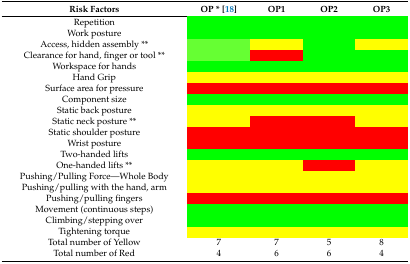
<table><thead><tr><td><b>Risk Factors</b></td><td><b>OP * [18]</b></td><td><b>OP1</b></td><td><b>OP2</b></td><td><b>OP3</b></td></tr></thead><tbody><tr><td>Repetition</td><td></td><td></td><td></td><td></td></tr><tr><td>Work posture</td><td></td><td></td><td></td><td></td></tr><tr><td>Access, hidden assembly **</td><td></td><td></td><td></td><td></td></tr><tr><td>Clearance for hand, finger or tool **</td><td></td><td></td><td></td><td></td></tr><tr><td>Workspace for hands</td><td></td><td></td><td></td><td></td></tr><tr><td>Hand Grip</td><td></td><td></td><td></td><td></td></tr><tr><td>Surface area for pressure</td><td></td><td></td><td></td><td></td></tr><tr><td>Component size</td><td></td><td></td><td></td><td></td></tr><tr><td>Static back posture</td><td></td><td></td><td></td><td></td></tr><tr><td>Static neck posture **</td><td></td><td></td><td></td><td></td></tr><tr><td>Static shoulder posture</td><td></td><td></td><td></td><td></td></tr><tr><td>Wrist posture</td><td></td><td></td><td></td><td></td></tr><tr><td>Two-handed lifts</td><td></td><td></td><td></td><td></td></tr><tr><td>One-handed lifts **</td><td></td><td></td><td></td><td></td></tr><tr><td>Pushing/Pulling Force—Whole Body</td><td></td><td></td><td></td><td></td></tr><tr><td>Pushing/pulling with the hand, arm</td><td></td><td></td><td></td><td></td></tr><tr><td>Pushing/pulling fingers</td><td></td><td></td><td></td><td></td></tr><tr><td>Movement (continuous steps)</td><td></td><td></td><td></td><td></td></tr><tr><td>Climbing/stepping over</td><td></td><td></td><td></td><td></td></tr><tr><td>Tightening torque</td><td></td><td></td><td></td><td></td></tr><tr><td>Total number of Yellow</td><td>7</td><td>7</td><td>5</td><td>8</td></tr><tr><td>Total number of Red</td><td>4</td><td>6</td><td>6</td><td>4</td></tr></tbody></table>